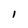
Character: l